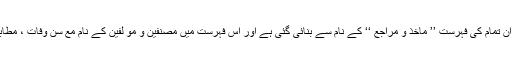
٭…جن کتب سے تخریج کی گئی ہے آخر میں ان تمام کی فہرست ’’ مآخذ و مراجع ‘‘ کے نام سے بنائی گئی ہے اور اس فہرست میں مُصَنِّفین و مُؤ َلفین کے نام مع سنِ وَفات ، مطابِع اور سن طباعت بھی ذکر کر دئیے گئے ہیں ۔